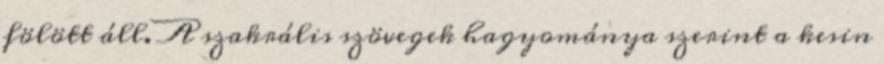
fölött áll. A szakrális szövegek hagyománya szerint a kesin